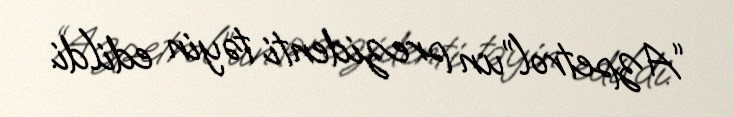
“Azpetrol”un prezidenti təyin edildi.